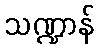
သဏ္ဍာန်